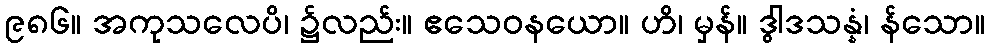
၉၈၆။ အကုသလေပိ၊ ၌လည်း။ ဧသေဝနယော။ ဟိ၊ မှန်။ ဒွါဒသန္နံ၊ န်သော။